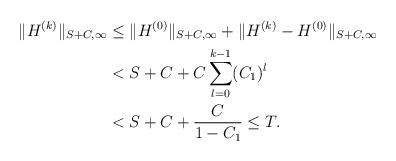
LaTeX: \begin{align*}\|H^{(k)}\|_{S+C,\infty} &\leq \|H^{(0)}\|_{S+C,\infty}+ \|H^{(k)} - H^{(0)}\|_{S+C,\infty}\\&< S+C + C \sum_{l=0}^{k-1} (C_1)^l\\&< S+C + \frac{C}{1-C_1}\leq T.\end{align*}